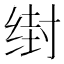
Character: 𰬭